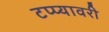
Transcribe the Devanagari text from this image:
टप्प्यावरी